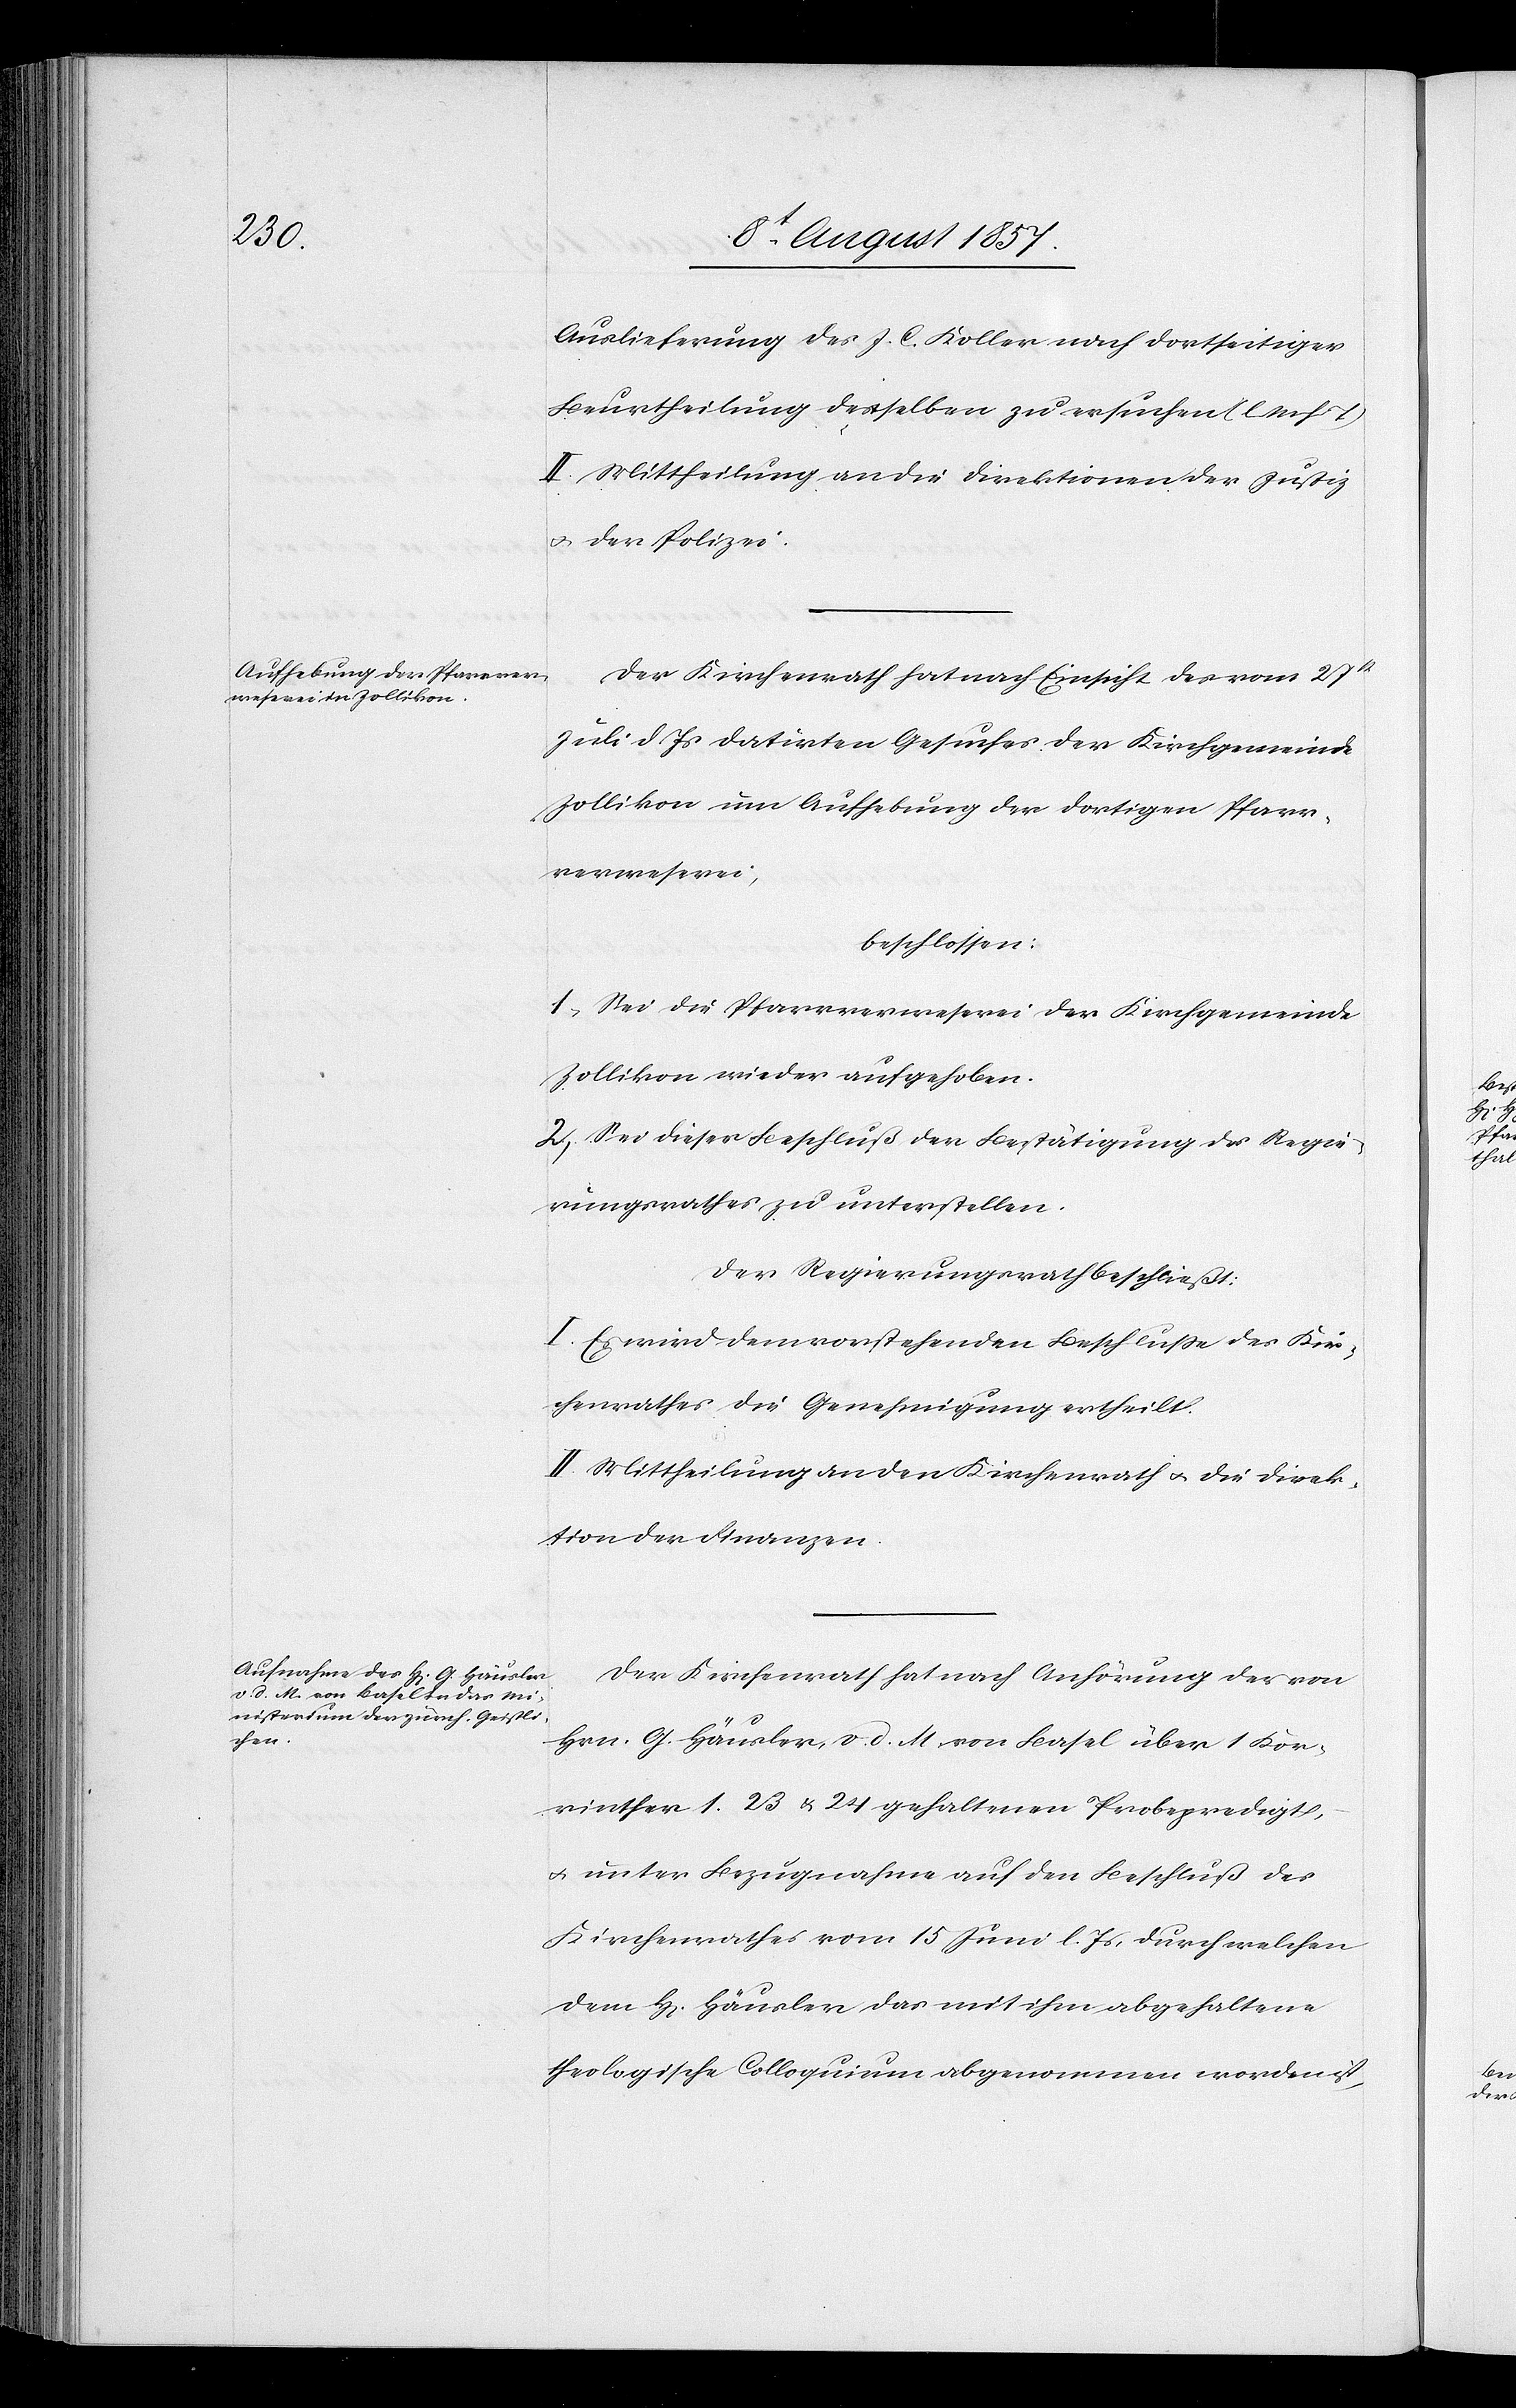
Auslieferung des J. C. Koller nach dortseitiger
Beurtheilung desselben zu ersuchen. [l. M. h. T]
II. Mittheilung an die Direktionen der Justiz
& der Polizei.
Der Kirchenrath hat nach Einsicht des vom 27t
Juli d. Js. datirten Gesuches der Kirchgemeinde
Zollikon um Aufhebung der dortigen Pfarr¬
verweserei,
beschlossen:
1. Sei die Pfarrverweserei der Kirchgemeinde
Zollikon wieder aufgehoben.
2. Sei dieser Beschluß der Bestätigung des Regie¬
rungsrath zu unterstellen.
Der Regierungsrath beschließt:
I. Es wird dem vorstehenden Beschlusse des Kir¬
chenrathes die Genehmigung ertheilt.
II. Mittheilung an den Kirchenrath & die Direk¬
tion der Finanzen.
Der Kirchenrath hat nach Anhörung des von
Hrn. G. Häusler V. D. M. von Basel über 1 Kor¬
rinther 1. 23 & 24 gehaltenen Probepredigt,
& unter Bezugnahme auf den Beschluß des
Kirchenrathes vom 15 Juni l. Js., durch welchen
dem H[errn] Häusler das mit ihm abgehaltene
theologische Colloquium abgenommen worden ist,